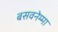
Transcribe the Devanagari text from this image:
बसवनेम्मा